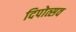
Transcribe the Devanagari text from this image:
दिपोत्सव